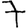
Digit: 7